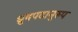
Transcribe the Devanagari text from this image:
ध्रुवपदानुरुप